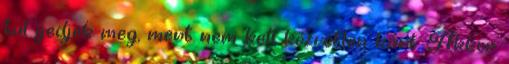
túl ijedjek meg, mert nem kell közvetlen kárt. Akkor